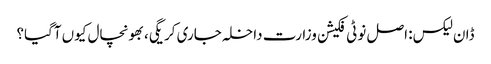
ڈان لیکس: اصل نوٹی فکیشن وزارت داخلہ جاری کریگی، بھونچال کیوں آگیا؟